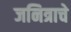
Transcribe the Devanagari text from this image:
जनित्राचे